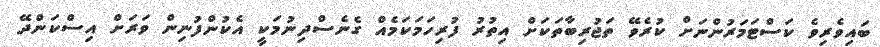
ބައިވެރިވެ ކަސްޓަމަރުންނަށް ކުރެވޭ ތަޖުރިބާތަކަށް އިތުރު ފުރިހަމަކަމެއް ގެނެސްދިނުމަކީ އެކުންފުނިން ވަރަށް އިސްކަންދޭ